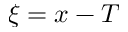
\xi = x - T